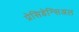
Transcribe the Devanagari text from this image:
प्रेसिडेन्सिअल